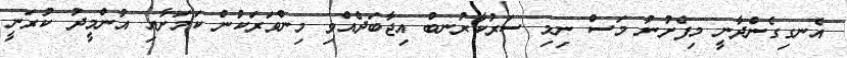
އެނގިގެންދާނީ މިފެށުނު މަސް ނިމި ސަރުކާރުނބް އިޖާބަދެއްވި މިންވަރަކުން ކަމަށާއި އުންމީދު ކުރަނީ